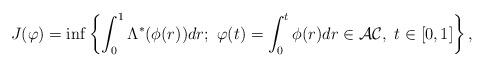
LaTeX: \begin{align*}J(\varphi)=\inf\left\{\int^{1}_{0}\Lambda^{*}(\phi(r))dr; ~\varphi(t)=\int^{t}_{0} \phi(r)dr\in \mathcal{AC},~t\in[0,1]\right\},\end{align*}